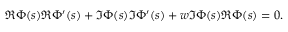
\Re \Phi ( s ) \Re \Phi ^ { \prime } ( s ) + \Im \Phi ( s ) \Im \Phi ^ { \prime } ( s ) + w \Im \Phi ( s ) \Re \Phi ( s ) = 0 .